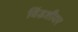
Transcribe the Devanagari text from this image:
विंडशीयर